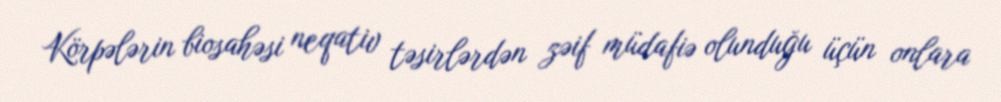
Körpələrin biosahəsi neqativ təsirlərdən zəif müdafiə olunduğu üçün onlara